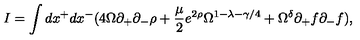
I = \int d x ^ { + } d x ^ { - } ( 4 \Omega \partial _ { + } \partial _ { - } \rho + \frac { \mu } { 2 } e ^ { 2 \rho } \Omega ^ { 1 - \lambda - \gamma / 4 } + \Omega ^ { \delta } \partial _ { + } f \partial _ { - } f ) ,